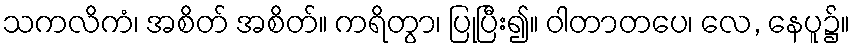
သကလိကံ၊ အစိတ် အစိတ်။ ကရိတွာ၊ ပြုပြီး၍။ ဝါတာတပေ၊ လေ, နေပူ၌။